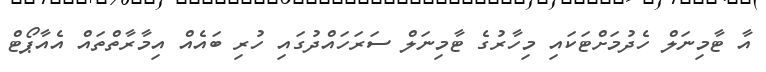
އާ ޓާމިނަލް ހެދުމަށްޓަކައި މިހާރުގެ ޓާމިނަލް ސަރަހައްދުގައި ހުރި ބައެއް އިމާރާތްތައް އެއާޕޯޓް